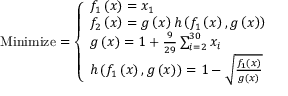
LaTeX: { \mathrm { M i n i m i z e } } = { \left\{ \begin{array} { l l } { f _ { 1 } \left( { \boldsymbol { x } } \right) = x _ { 1 } } \\ { f _ { 2 } \left( { \boldsymbol { x } } \right) = g \left( { \boldsymbol { x } } \right) h \left( f _ { 1 } \left( { \boldsymbol { x } } \right) , g \left( { \boldsymbol { x } } \right) \right) } \\ { g \left( { \boldsymbol { x } } \right) = 1 + { \frac { 9 } { 2 9 } } \sum _ { i = 2 } ^ { 3 0 } x _ { i } } \\ { h \left( f _ { 1 } \left( { \boldsymbol { x } } \right) , g \left( { \boldsymbol { x } } \right) \right) = 1 - { \sqrt { \frac { f _ { 1 } \left( { \boldsymbol { x } } \right) } { g \left( { \boldsymbol { x } } \right) } } } } \end{array} \right. }